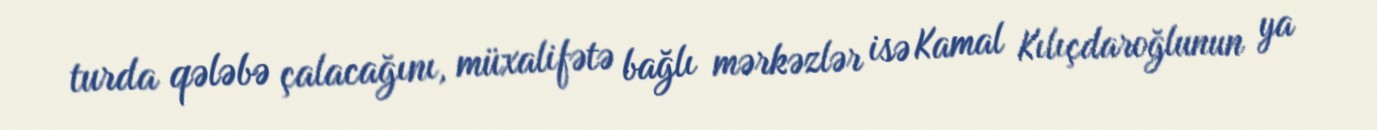
turda qələbə çalacağını, müxalifətə bağlı mərkəzlər isə Kamal Kılıçdaroğlunun ya